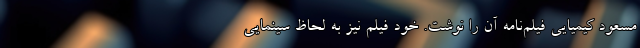
مسعود کیمیایی فیلم‌نامه آن را نوشت. خودِ فیلم نیز به لحاظِ سینمایی